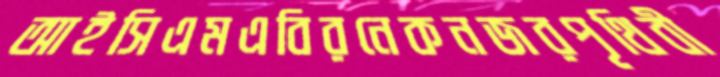
আইসিএমএবিরনেকনজরপৃথিবী